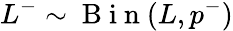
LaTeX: L^{-}\sim\mathrm{~B~i~n~}(L,p^{-})